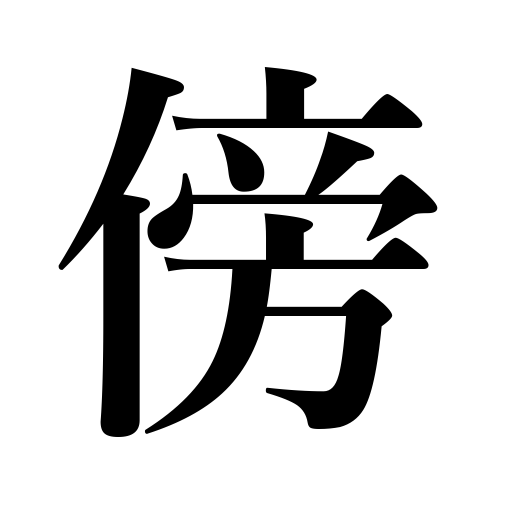
Meanings: side,besides,while